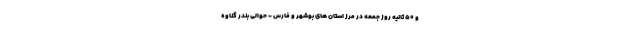
و ۵۰ ثانیه روز جمعه در مرز استان های بوشهر و فارس - حوالی بندر گناوه